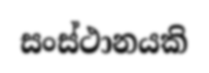
සංස්ථානයකි